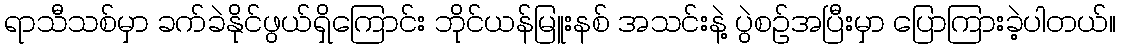
ရာသီသစ်မှာ ခက်ခဲနိုင်ဖွယ်ရှိကြောင်း ဘိုင်ယန်မြူးနစ် အသင်းနဲ့ ပွဲစဉ်အပြီးမှာ ပြောကြားခဲ့ပါတယ်။